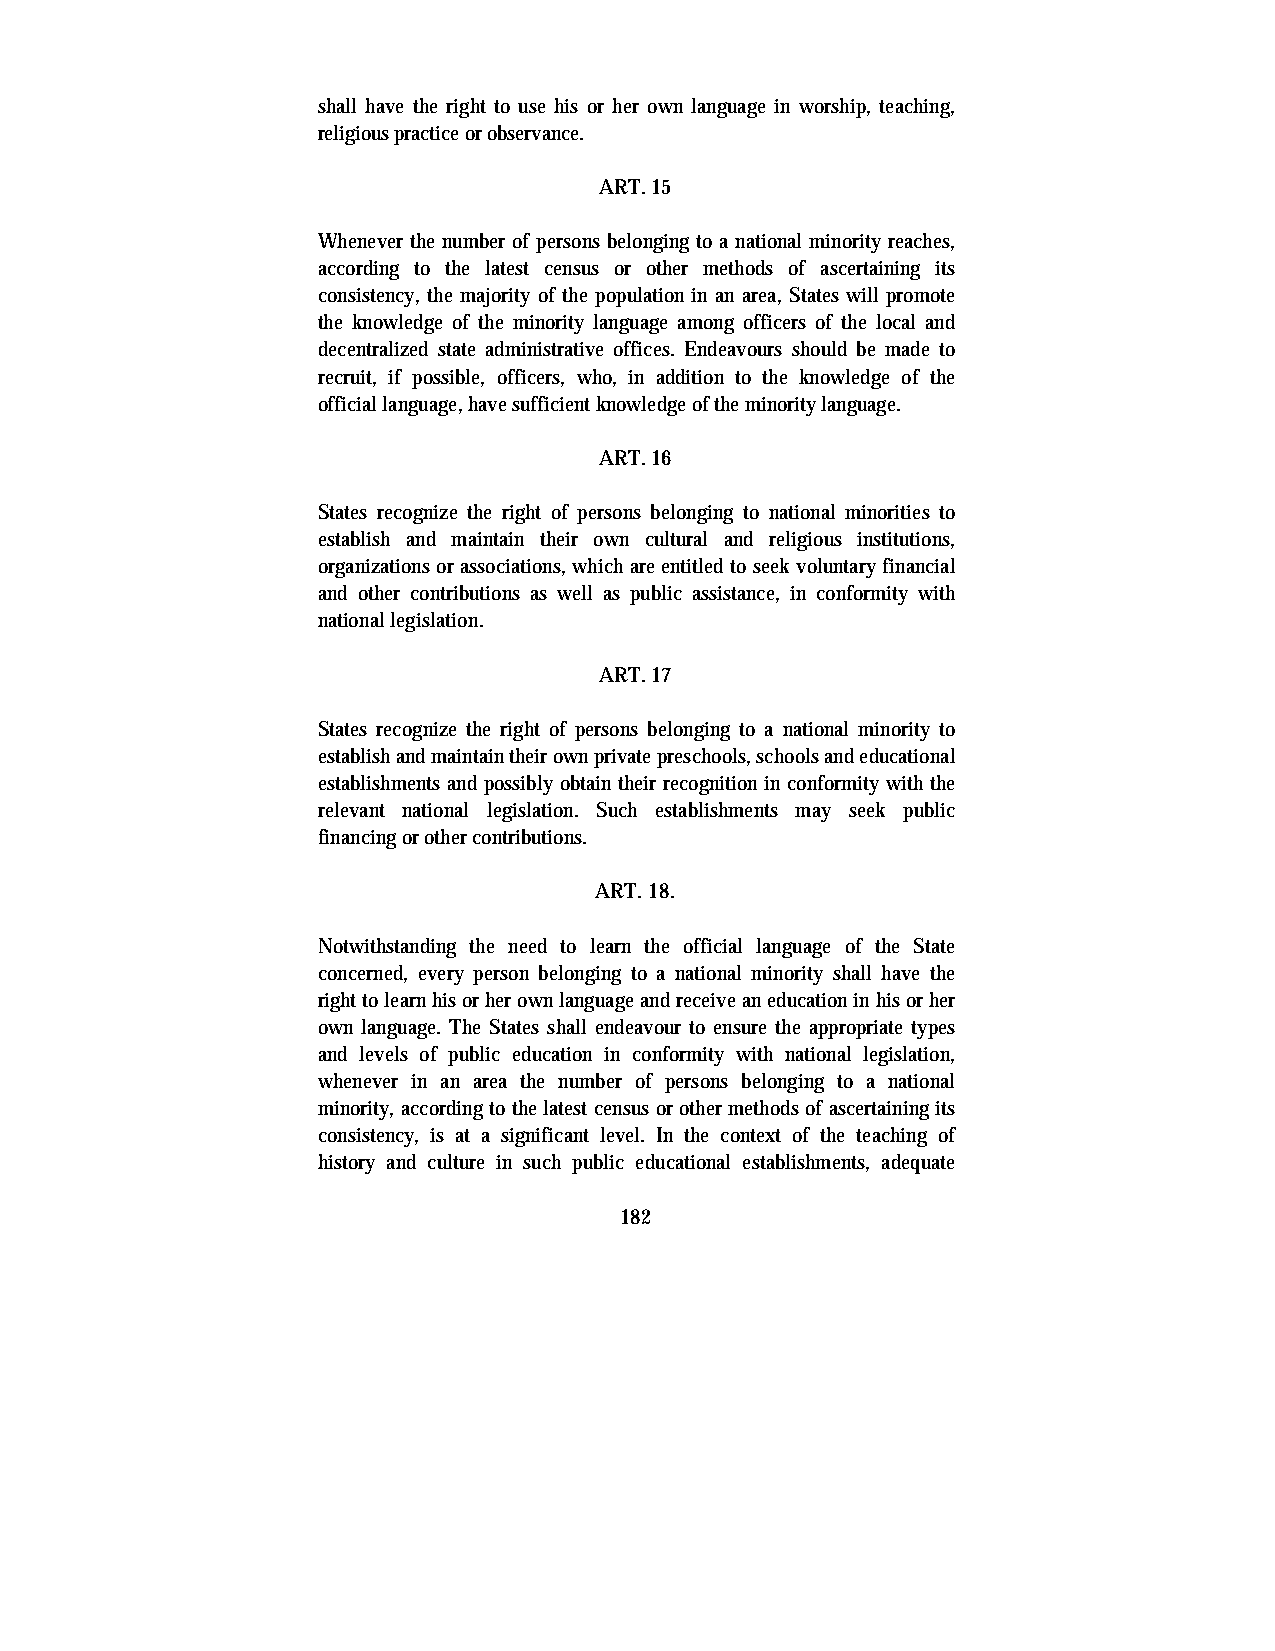
shall have the right to use his or her own language in worship, teaching,
 religious practice or observance.
 ART. 15
 Whenever the number of persons belonging to a national minority reaches,
 according to the latest census or other methods of ascertaining its
 consistency, the majority of the population in an area, States will promote
 the knowledge of the minority language among officers of the local and
 decentralized state administrative offices. Endeavours should be made to
 recruit, if possible, officers, who, in addition to the knowledge of the
 official language, have sufficient knowledge of the minority language.
 ART. 16
 States recognize the right of persons belonging to national minorities to
 establish and maintain their own cultural and religious institutions,
 organizations or associations, which are entitled to seek voluntary financial
 and other contributions as well as public assistance, in conformity with
 national legislation.
 ART. 17
 States recognize the right of persons belonging to a national minority to
 establish and maintain their own private preschools, schools and educational
 establishments and possibly obtain their recognition in conformity with the
 relevant national legislation. Such establishments may seek public
 financing or other contributions.
 ART. 18.
 Notwithstanding the need to learn the official language of the State
 concerned, every person belonging to a national minority shall have the
 right to learn his or her own language and receive an education in his or her
 own language. The States shall endeavour to ensure the appropriate types
 and levels of public education in conformity with national legislation,
 whenever in an area the number of persons belonging to a national
 minority, according to the latest census or other methods of ascertaining its
 consistency, is at a significant level. In the context of the teaching of
 history and culture in such public educational establishments, adequate
 182